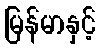
မြန်မာနှင့်